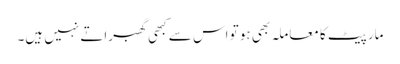
مار پیٹ کا معاملہ بھی ہو تو اس سے کبھی گھبراتے نہیں ہیں۔